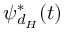
\psi _ { d _ { H } } ^ { * } ( t )